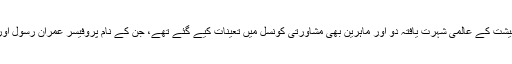
عاطف میاں کے ساتھ ، علومِ معیشت کے عالمی شہرت یافتہ دو اور ماہرین بھی مشاورتی کونسل میں تعینات کیے گئے تھے، جن کے نام پروفیسر عمران رسول اور ڈاکٹر عاصم اعجاز خواجہ ہیں۔